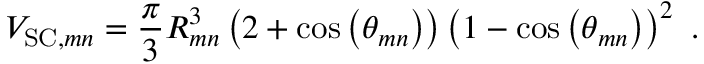
V _ { \mathrm { S C } , m n } = \frac { \pi } { 3 } R _ { m n } ^ { 3 } \left( 2 + \cos \left( \theta _ { m n } \right) \right) \left( 1 - \cos \left( \theta _ { m n } \right) \right) ^ { 2 } \mathrm { ~ . ~ }